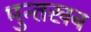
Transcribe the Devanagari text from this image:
मुन्तखब